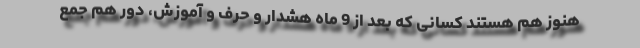
هنوز هم هستند کسانی که بعد از 9 ماه هشدار و حرف و آموزش، دور هم جمع